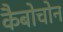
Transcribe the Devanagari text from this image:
कैबोचोन